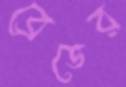
ব্রেডের